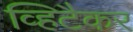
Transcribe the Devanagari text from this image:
व्हिटैकर